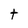
Character: t